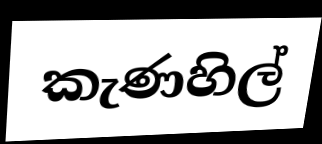
කැණහිල්